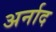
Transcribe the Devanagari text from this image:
अर्नाद